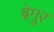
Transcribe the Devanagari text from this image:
बेगुर